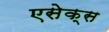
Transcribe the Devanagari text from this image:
एसेक्‍स